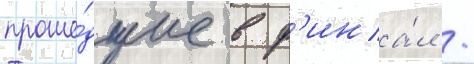
проше́дшие в ф'ина́л /